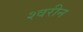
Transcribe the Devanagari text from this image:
श्वरीन